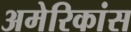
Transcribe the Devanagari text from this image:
अमेरिकांस